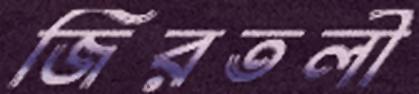
জিরতলী